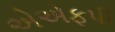
એએફપી